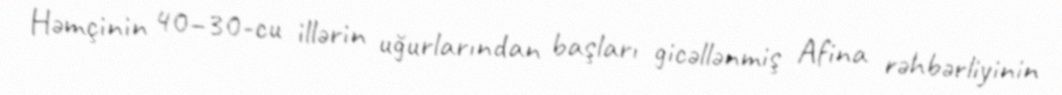
Həmçinin 40–30-cu illərin uğurlarından başları gicəllənmiş Afina rəhbərliyinin